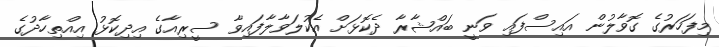
މިފަހަރުގެ ގޮވާލުން އައިސްފައި ވަނީ ބައްޝާރާ ދެކޮޅަށް އެކުލަވާލާފައިވާ ސީރިއާގެ އިދިކޮޅު އިއްތިހާދުގެ